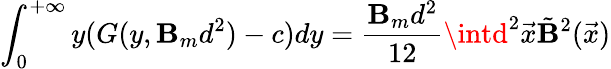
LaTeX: \int_{0}^{+\infty}y(G(y,\mathbf{B}_{m}d^{2})-c)dy=\frac{{\mathbf{B}_{m}d^{2}}}{{12}}\intd^{2}\vec{{x}}\tilde{{\mathbf{B}}}^{2}(\vec{{x}})